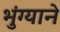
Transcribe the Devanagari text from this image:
भुंग्याने